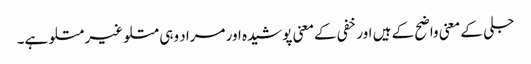
جلی کے معنی واضح کے ہیں اور خفی کےمعنی پوشیدہ اور مراد وہی متلو غیر متلو ہے۔